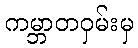
ကမ္ဘာတဝှမ်းမှ